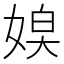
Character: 𡞃